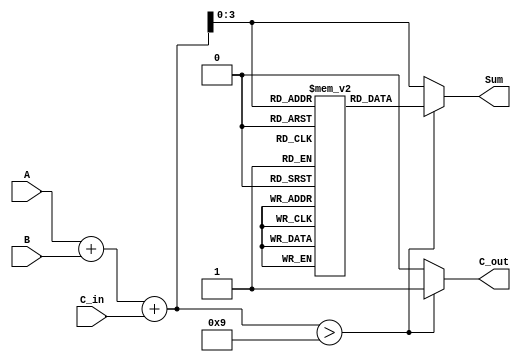
module bcd_lut_adder (
    input  [3:0] A,       // First BCD digit (0-9)
    input  [3:0] B,       // Second BCD digit (0-9)
    input  C_in,          // Carry-in
    output reg [3:0] Sum, // BCD Sum output
    output reg C_out      // Carry-out
);

    // Intermediate sum (5 bits to accommodate overflow)
    wire [4:0] S;
    assign S = A + B + C_in;

    // Look-Up Table: LUT for BCD correction
    reg [3:0] lut[0:18]; // LUT to store corrected BCD outputs

    initial begin
        // Initialize the LUT with BCD corrected values
        lut[0]  = 4'd0;   // 0 + 0 + 0 = 0
        lut[1]  = 4'd1;   // 1 + 0 + 0 = 1
        lut[2]  = 4'd2;   // 2 + 0 + 0 = 2
        lut[3]  = 4'd3;   // 3 + 0 + 0 = 3
        lut[4]  = 4'd4;   // 4 + 0 + 0 = 4
        lut[5]  = 4'd5;   // 5 + 0 + 0 = 5
        lut[6]  = 4'd6;   // 6 + 0 + 0 = 6
        lut[7]  = 4'd7;   // 7 + 0 + 0 = 7
        lut[8]  = 4'd8;   // 8 + 0 + 0 = 8
        lut[9]  = 4'd9;   // 9 + 0 + 0 = 9
        lut[10] = 4'd0;   // 10 (BCD 0) with carry
        lut[11] = 4'd1;   // 11 (BCD 1) with carry
        lut[12] = 4'd2;   // 12 (BCD 2) with carry
        lut[13] = 4'd3;   // 13 (BCD 3) with carry
        lut[14] = 4'd4;   // 14 (BCD 4) with carry
        lut[15] = 4'd5;   // 15 (BCD 5) with carry
        lut[16] = 4'd6;   // 16 (BCD 6) with carry
        lut[17] = 4'd7;   // 17 (BCD 7) with carry
        lut[18] = 4'd8;   // 18 (BCD 8) with carry
    end

    always @(*) begin
        if (S > 9) begin
            Sum = lut[S[3:0]];  // BCD correction using the LUT
            C_out = 1;          // Set carry-out if sum exceeds 9
        end else begin
            Sum = S[3:0];       // Valid BCD output
            C_out = 0;          // No carry-out
        end
    end

endmodule